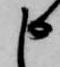
申